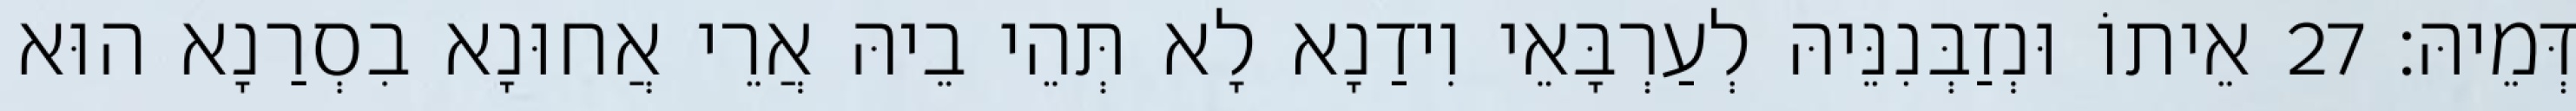
דְּמֵיהּ׃ 27 אֵיתוֹ וּנְזַבְּנִנֵּיהּ לְעַרְבָּאֵי וִידַנָא לָא תְּהֵי בֵיהּ אֲרֵי אֲחוּנָא בִסְרַנָא הוּא